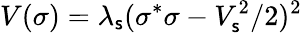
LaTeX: V(\sigma)=\lambda_{\mathsf{s}}(\sigma^{*}\sigma-V_{\mathsf{s}}^{2}/2)^{2}